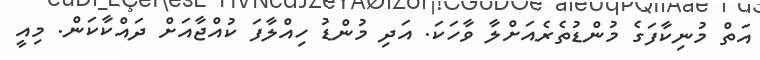
އަތް މުނިކާފަގެ މުންޑުތެރެއަށްލާ ވާހަކަ. އަދި މުންޑު ހިއްލާފަ ކުއްޖާއަށް ދައްކާކަން. މިއީ